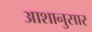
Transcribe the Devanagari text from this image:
आशानुसार